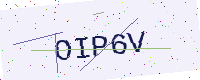
Text: OIP6V